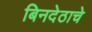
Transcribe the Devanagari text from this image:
बिनदेठाचे